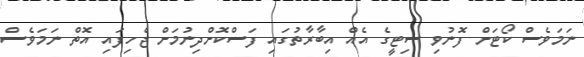
ނަމަވެސް ކޯޓަށް ފޮނުވި ސިޓީގެ އެއް އިބާރާތުގައި ފަސްކޮށްދިނުމަށް ޖެހިފައި އޮތް ނަމަވެސް